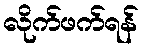
လိုက်ဖက်ရန်